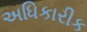
અધિકારીક